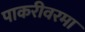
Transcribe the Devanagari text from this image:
पाकरीवरमा